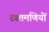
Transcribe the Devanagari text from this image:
रक्तमणियों